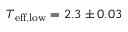
T _ { \mathrm { e f f , l o w } } = 2 . 3 \pm 0 . 0 3